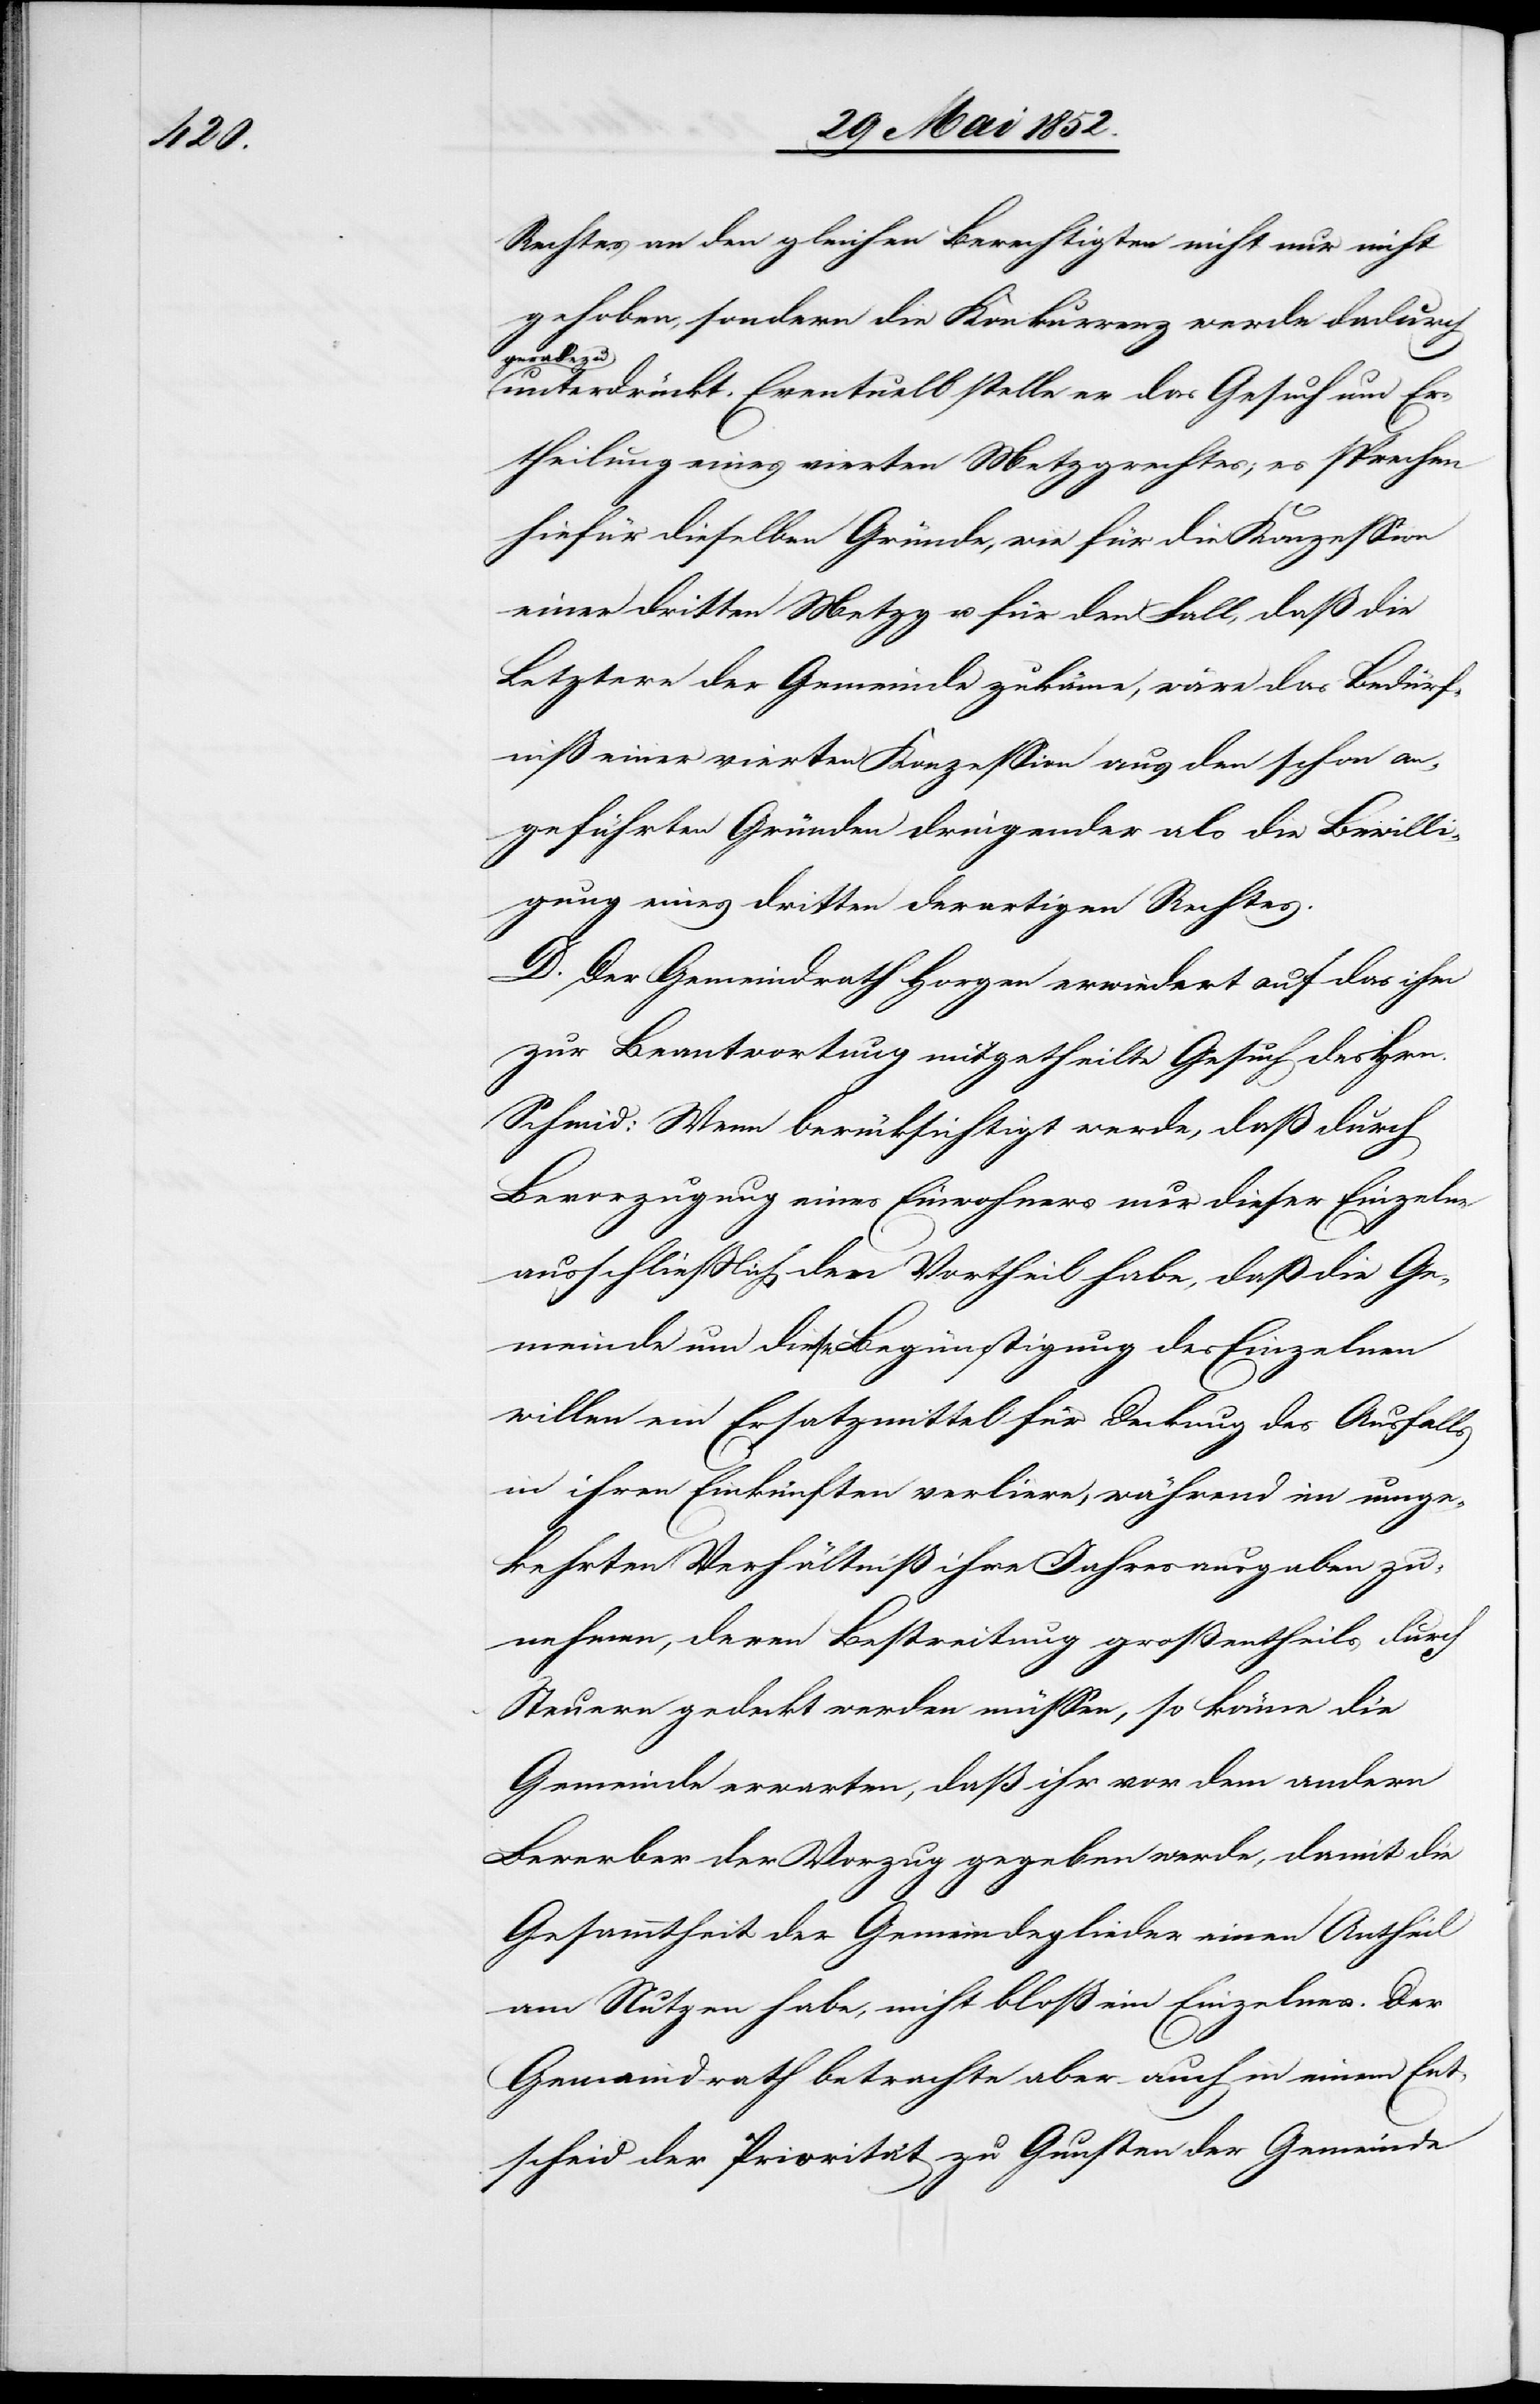
Rechtes an den gleichen Berechtigten nicht nur nicht
gehoben, sondern die Konkurrenz werde dadurch
geradezu
unterdrückt. Eventuell stelle er das Gesuch um Er¬
theilung eines vierten Metzgrechtes; es sprechen
hiefür dieselben Gründe, wie für die Konzession
einer dritten Metzg u. für den Fall, daß die
Letztere der Gemeinde zukäme, wäre das Bedürf¬
niß einer vierten Konzession aus den schon an¬
geführten Gründen dringender als die Bewilli¬
gung eines dritten derartigen Rechtes.
D. Der Gemeindrath Horgen erwiedert auf das ihm
zur Beantwortung mitgetheilte Gesuch des Hrn.
Schmid: Wenn berücksichtigt werde, daß durch
Bevorzugung eines Einwohners nur dieser Einzelne
ausschliesslich den Vortheil habe, daß die Ge¬
meinde um diese Begünstigung des Einzelnen
willen ein Ersatzmittel für Deckung des Ausfalls
in ihren Einkünften verliere, während im umge¬
kehrten Verhältniß ihre Jahresausgaben zu¬
nehmen, deren Bestreitung großentheils durch
Steuern gedeckt werden müssen, so könne die
Gemeinde erwarten, daß ihr vor dem andern
Bewerber der Vorzug gegeben werde, damit die
Gesammtheit der Gemeindeglieder einen Antheil
am Nutzen habe, nicht bloß ein Einzelnes. Der
Gemeindrath betrachte aber auch in einem Ent¬
scheid der Priorität zu Gunsten der Gemeinde